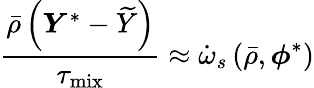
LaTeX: \frac{\bar{\rho}\left(\boldsymbol{Y}^{*}-\widetilde{Y}\right)}{\tau_{\mathrm{mix}}}\approx\dot{\omega}_{s}\left(\bar{\rho},\boldsymbol{\phi}^{*}\right)